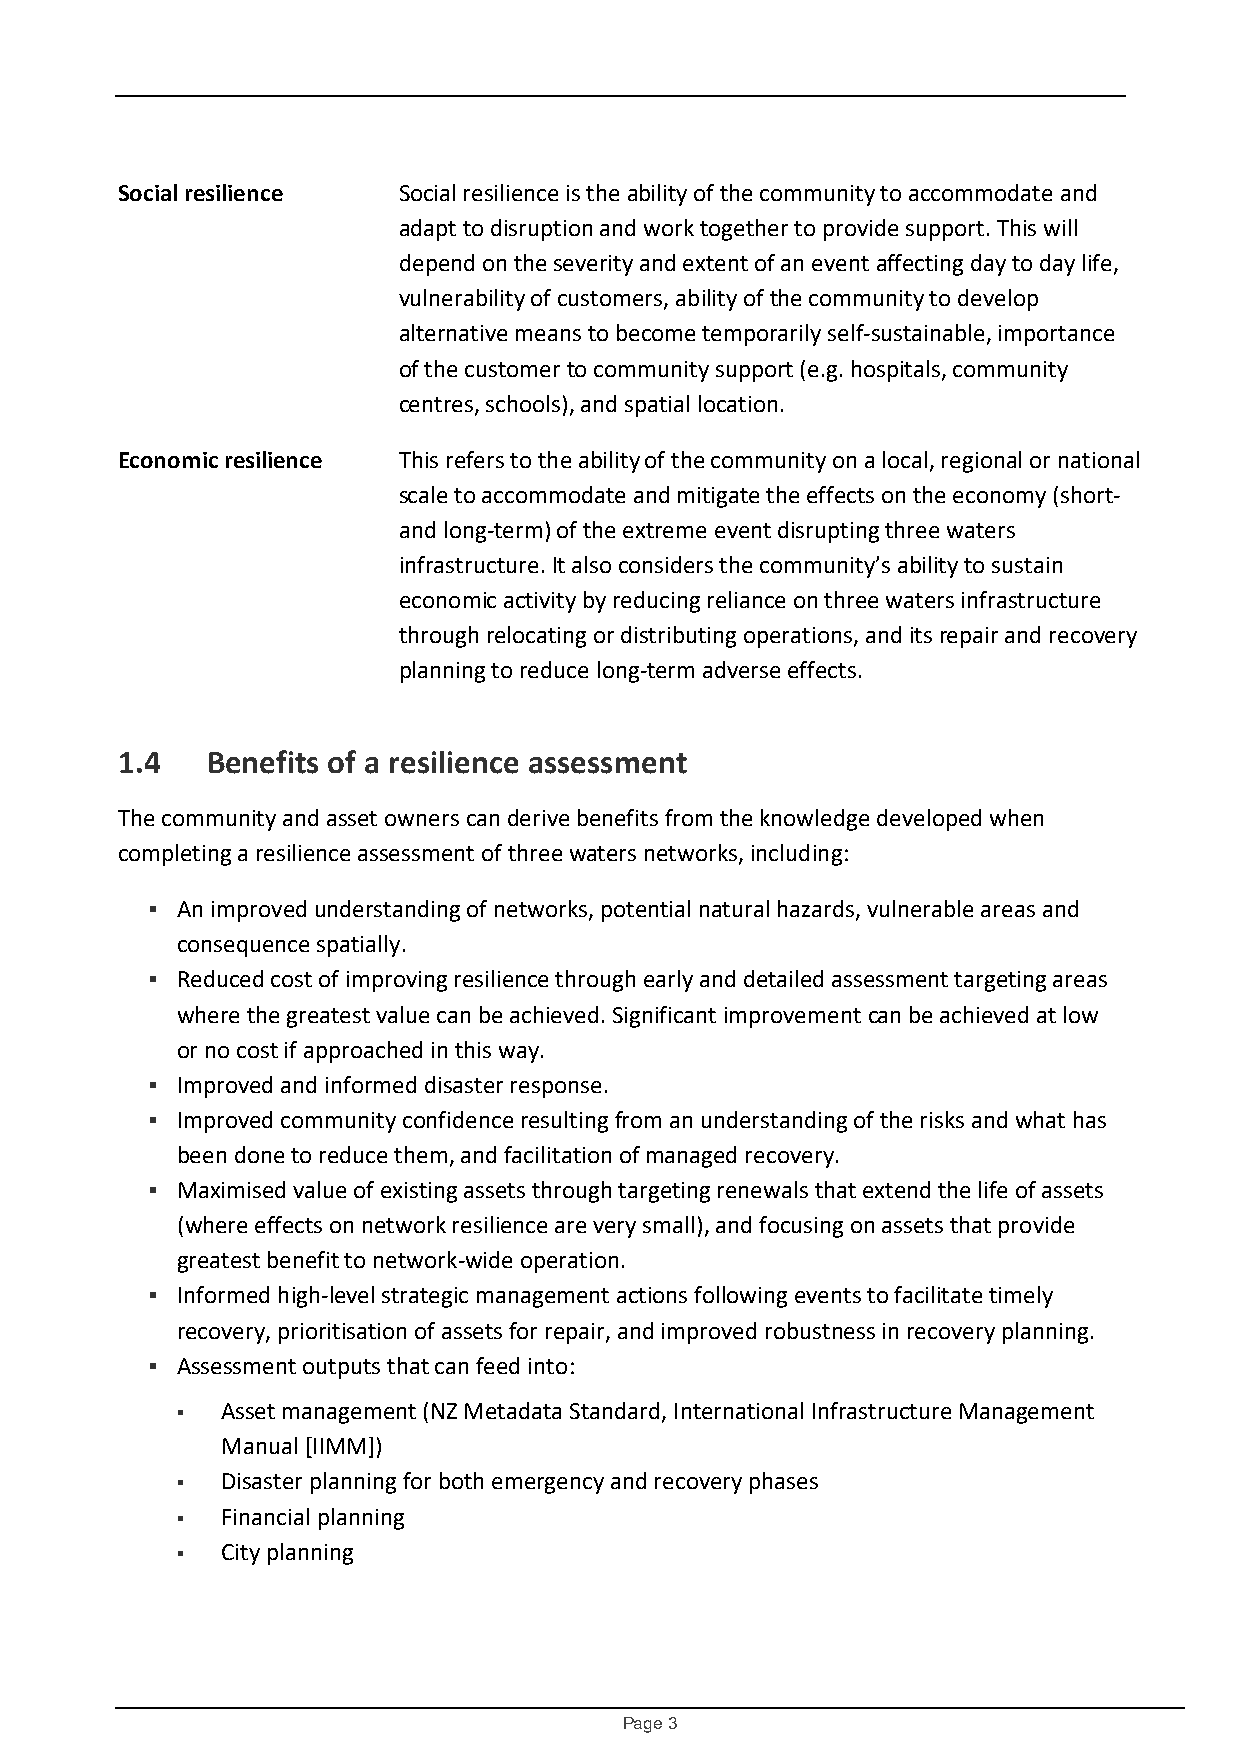
Social resilience Social resilience is the ability of the community to accommodate and
 adapt to disruption and work together to provide support. This will
 depend on the severity and extent of an event affecting day to day life,
 vulnerability of customers, ability of the community to develop
 alternative means to become temporarily self-sustainable, importance
 of the customer to community support (e.g. hospitals, community
 centres, schools), and spatial location.
 Economic resilience This refers to the ability of the community on a local, regional or national
 scale to accommodate and mitigate the effects on the economy (short-
 and long-term) of the extreme event disrupting three waters
 infrastructure. It also considers the community’s ability to sustain
 economic activity by reducing reliance on three waters infrastructure
 through relocating or distributing operations, and its repair and recovery
 planning to reduce long-term adverse effects.
 1.4   Benefits of a resilience assessment
 The community and asset owners can derive benefits from the knowledge developed when
 completing a resilience assessment of three waters networks, including:
  An improved understanding of networks, potential natural hazards, vulnerable areas and
 consequence spatially.
  Reduced cost of improving resilience through early and detailed assessment targeting areas
 where the greatest value can be achieved. Significant improvement can be achieved at low
 or no cost if approached in this way.
  Improved and informed disaster response.
  Improved community confidence resulting from an understanding of the risks and what has
 been done to reduce them, and facilitation of managed recovery.
  Maximised value of existing assets through targeting renewals that extend the life of assets
 (where effects on network resilience are very small), and focusing on assets that provide
 greatest benefit to network-wide operation.
  Informed high-level strategic management actions following events to facilitate timely
 recovery, prioritisation of assets for repair, and improved robustness in recovery planning.
  Assessment outputs that can feed into:
   Asset management (NZ Metadata Standard, International Infrastructure Management
 Manual [IIMM])
   Disaster planning for both emergency and recovery phases
   Financial planning
   City planning
 Page 3